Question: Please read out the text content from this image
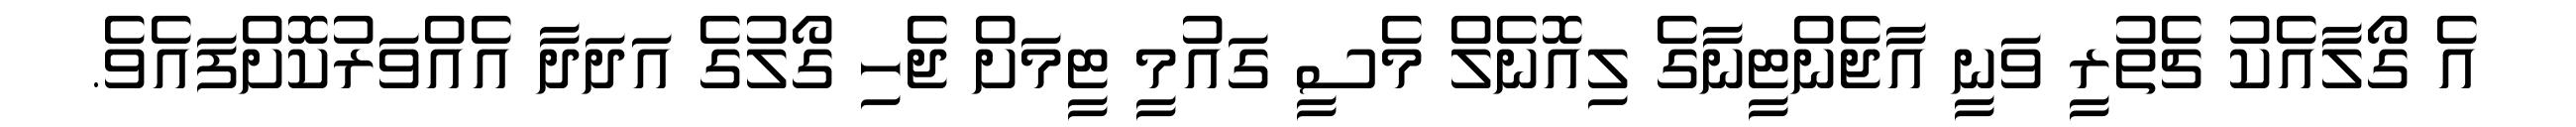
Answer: އެ ގޯލާއެކު ޗެތުރީ ވަނީ އާޖެންޓީނާގެ ލިއޮނެލް މެސީ ގައުމީ ޓީމަށް ޖެހި ގޯލުގެ އަދަދާ އެއްވަރުކޮށްފައެވެ.